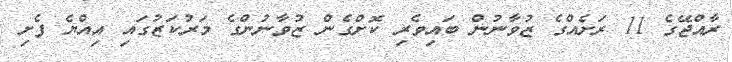
ރާއްޖޭގެ 11 ރަށެއްގެ ޒުވާނުން ބައިވެރި ކޮށްގެން ޒުވާނުންގެ މަރުކަޒުގައި އިއްޔެ ފެށި